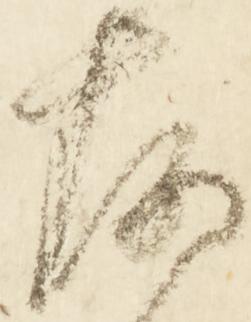
存